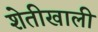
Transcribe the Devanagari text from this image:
शेतीखाली